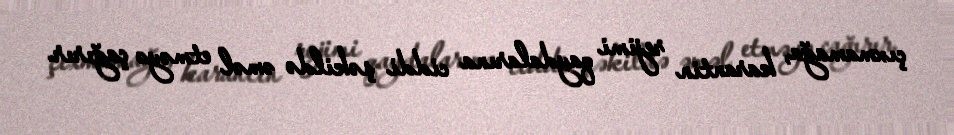
çıxmamağa, karantin rejimi qaydalarına ciddi şəkildə əməl etməyə çağırır.